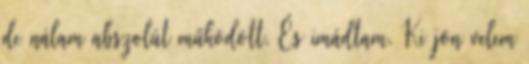
de nálam abszolút működött. És imádtam. Ki jön velem